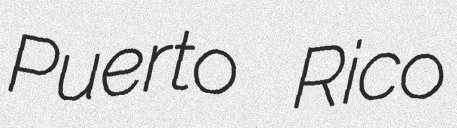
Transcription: Puerto Rico